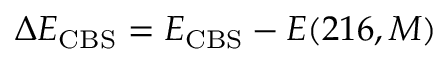
\Delta E _ { \mathrm { C B S } } = E _ { \mathrm { C B S } } - E ( 2 1 6 , M )